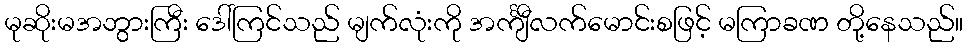
မုဆိုးမအဘွားကြီး ဒေါ်ကြင်သည် မျက်လုံးကို အင်္ကျီလက်မောင်းစဖြင့် မကြာခဏ တို့နေသည်။